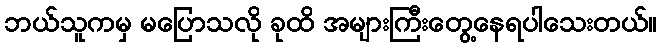
ဘယ်သူကမှ မပြောသလို ခုထိ အများကြီးတွေ့နေရပါသေးတယ်။